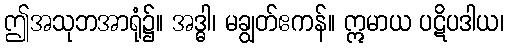
ဤအသုဘအာရုံ၌။ အဒ္ဓါ၊ မချွတ်ဧကန်။ ဣမာယ ပဋိပဒါယ၊